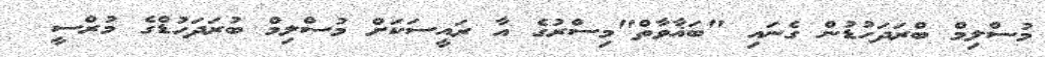
މުސްލިމް ބްރަދަހުޑުން ގެނައި "ބަޣާވާތް"މިސްރުގެ އާ ރައީސަކަށް މުސްލިމް ބުރަދަހުޑްގެ މުރްސީ